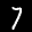
Label: 7